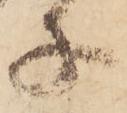
子